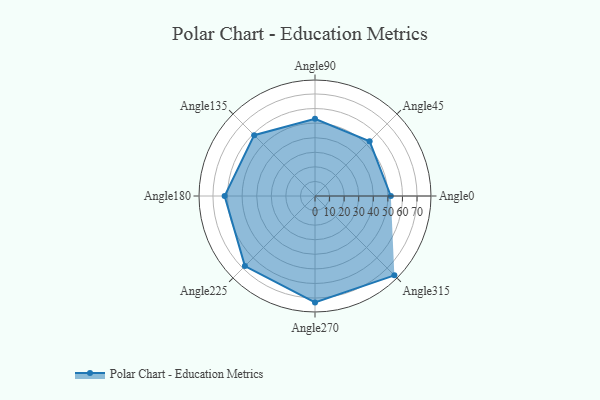
{"axis": {"x": "Angle", "y": "Radius"}, "legend": [""], "data": [{"x": "Angle0", "y": 52.0, "type": ""}, {"x": "Angle45", "y": 53.0, "type": ""}, {"x": "Angle90", "y": 53.0, "type": ""}, {"x": "Angle135", "y": 59.0, "type": ""}, {"x": "Angle180", "y": 62.0, "type": ""}, {"x": "Angle225", "y": 68.0, "type": ""}, {"x": "Angle270", "y": 73.0, "type": ""}, {"x": "Angle315", "y": 77.0, "type": ""}]}